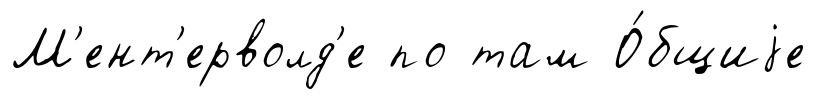
М'ент'ерволд'е по там О́бщиjе